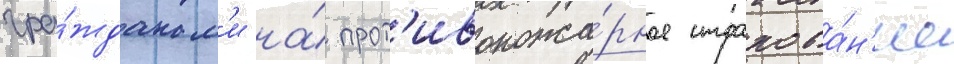
гра́жданам'и на́ прот'ивопожа́рное страхова́н'ие